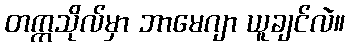
တက္ကသိုလ်မှာ ဘာမေဂျာ ယူချင်လဲ။